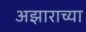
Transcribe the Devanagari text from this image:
अझाराच्या